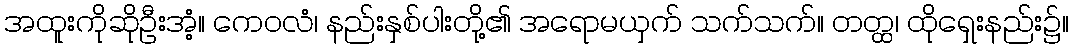
အထူးကိုဆိုဦးအံ့။ ကေဝလံ၊ နည်းနှစ်ပါးတို့၏ အရောမယှက် သက်သက်။ တတ္ထ၊ ထိုရှေးနည်း၌။